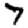
Digit: 7